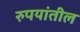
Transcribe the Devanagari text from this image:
रुपयांतील